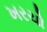
ખરચો